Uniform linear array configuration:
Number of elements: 48
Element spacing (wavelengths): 0.5
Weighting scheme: cosine
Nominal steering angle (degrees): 0
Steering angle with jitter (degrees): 1.464
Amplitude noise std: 0.05
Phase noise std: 0.05

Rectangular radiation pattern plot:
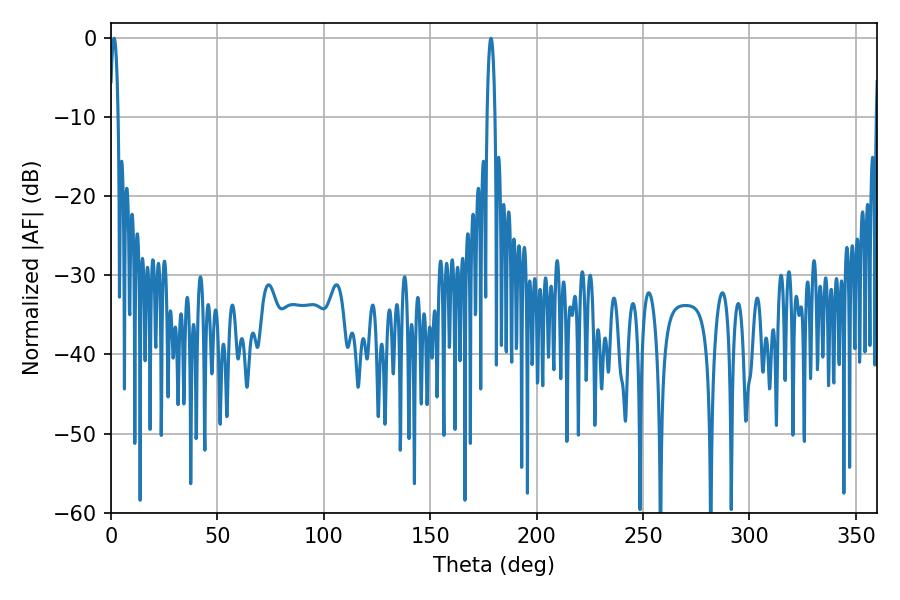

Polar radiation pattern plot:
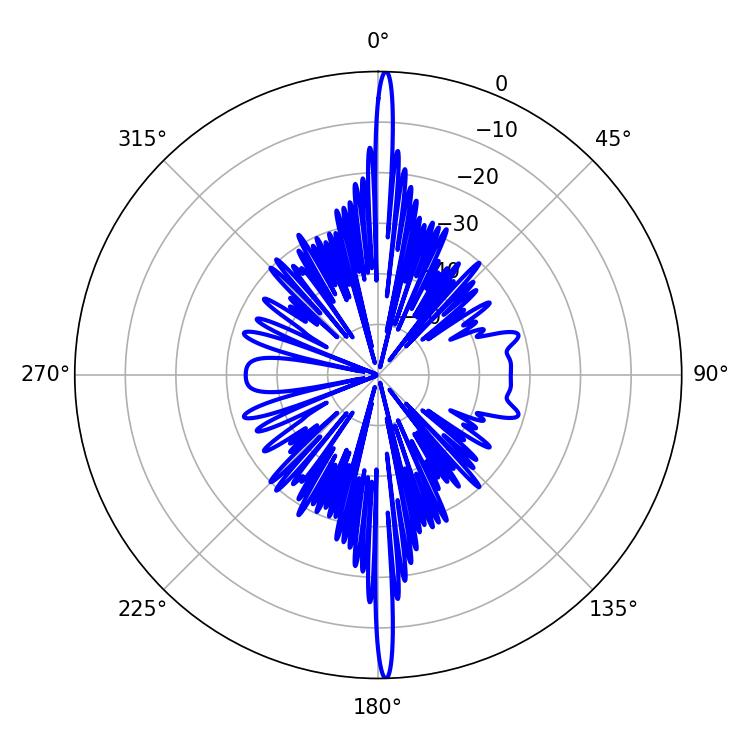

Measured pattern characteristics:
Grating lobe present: FALSE
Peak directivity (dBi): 29.694
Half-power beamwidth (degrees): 2.16
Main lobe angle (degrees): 1.44